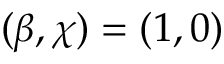
( \beta , \chi ) = ( 1 , 0 )